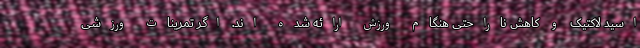
اسید لاکتیک و کاهش ناراحتی هنگام ورزش ارائه شده اند. اگر تمرینات ورزشی